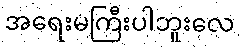
အရေးမကြီးပါဘူးလေ